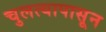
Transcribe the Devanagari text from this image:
चुलत्यापासून